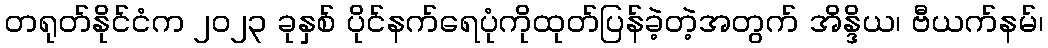
တရုတ်နိုင်ငံက ၂၀၂၃ ခုနှစ် ပိုင်နက်ရေပုံကိုထုတ်ပြန်ခဲ့တဲ့အတွက် အိန္ဒိယ၊ ဗီယက်နမ်၊